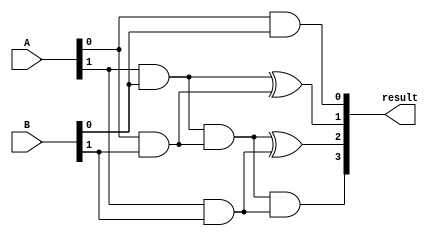
`timescale 1ns / 1ps
//////////////////////////////////////////////////////////////////////////////////
// Company: 
// Engineer: 
// 
// Design Name: 
// Module Name: 4bitMultiplier
// Project Name: 
// Target Devices: 
// Tool Versions: 
// Description: 
// 
// Dependencies: 
// 
// Revision:
// Revision 0.01 - File Created
// Additional Comments:
// 
//////////////////////////////////////////////////////////////////////////////////


module twobitMultiplier(A,B,result);
    input [1:0] A,B;
    output [3:0] result;
    reg [3:0] resultReg;
    
    
    
    always @(A,B)begin
        resultReg[0] <= A[0] & B[0];
        resultReg[1] <= (A[1]&B[0]) ^ (A[0]&B[1]);
        resultReg[2] <= ((A[1]&B[0]) & (A[0]&B[1])) ^ (A[1]&B[1]);       
        resultReg[3] <= ((A[1]&B[0]) & (A[0]&B[1])) & (A[1]&B[1]);
    end
    assign result = resultReg;
endmodule